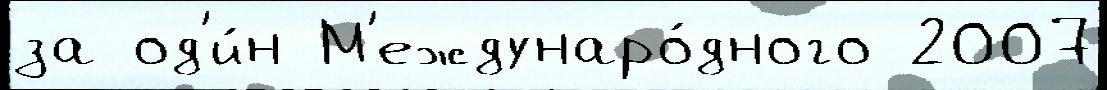
за од'и́н М'еждунаро́дного 2007